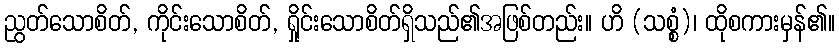
ညွတ်သောစိတ်, ကိုင်းသောစိတ်, ရှိုင်းသောစိတ်ရှိသည်၏အဖြစ်တည်း။ ဟိ (သစ္စံ)၊ ထိုစကားမှန်၏။